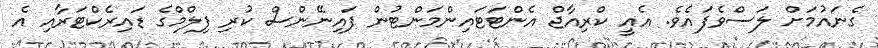
ގެނައުމަށް ލަސްވެފައެވެ. އެއީ ކްރިއާޖް އެންޓަޓައިންމަންޓުން ފައިނޭންސް ކުރި ފިލްމްގެ ޑައިރެކްޓަރާއި އެ